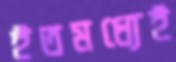
ইতমধ্যেই